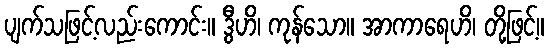
ပျက်သဖြင့်လည်းကောင်း။ ဒွီဟိ၊ ကုန်သော။ အာကာရေဟိ၊ တို့ဖြင့်။